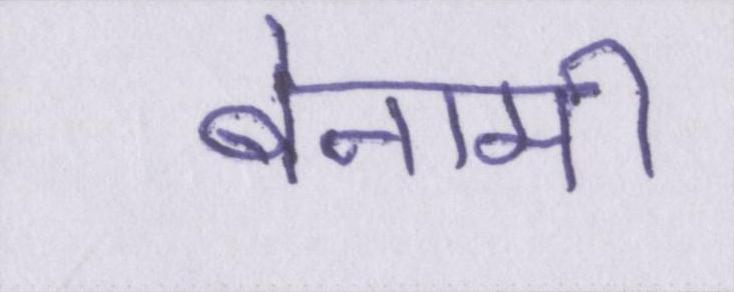
बेनामी